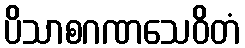
ပိသာစဂဏသေဝိတံ